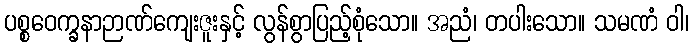
ပစ္စဝေက္ခနာဉာဏ်ကျေးဇူးနှင့် လွန်စွာပြည့်စုံသော။ အညံ၊ တပါးသော။ သမဏံ ဝါ၊